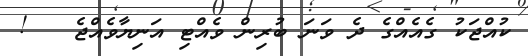
ކުއްޖަކު ގެއެއްގެ ދެ ވަނަ ބުރިން ވެއްޓި އަނިޔާވެއްޖެ   !